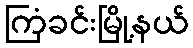
ကြံခင်းမြို့နယ်